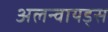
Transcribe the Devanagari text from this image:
अलन्वायड्स